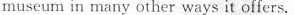
museum in many other ways it offers.